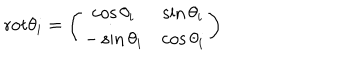
\mathrm { r o t } \theta _ { i } = \left( \begin{array} { c c } { { \cos \theta _ { i } } } & { { \sin \theta _ { i } } } \\ { { - \sin \theta _ { i } } } & { { \cos \theta _ { i } } } \\ \end{array} \right)